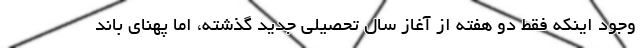
وجود اینکه فقط دو هفته از آغاز سال تحصیلی جدید گذشته، اما پهنای باند